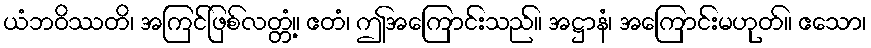
ယံဘဝိဿတိ၊ အကြင်ဖြစ်လတ္တံ့။ ဧတံ၊ ဤအကြောင်းသည်။ အဋ္ဌာနံ၊ အကြောင်းမဟုတ်။ ဧသော၊